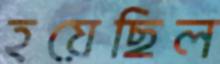
হয়েছিল